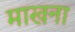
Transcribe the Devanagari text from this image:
माखना